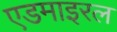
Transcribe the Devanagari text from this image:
एडमाइरल